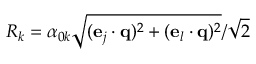
R _ { k } = \alpha _ { 0 k } \sqrt { ( \mathbf { e } _ { j } \cdot \mathbf { q } ) ^ { 2 } + ( \mathbf { e } _ { l } \cdot \mathbf { q } ) ^ { 2 } } / \sqrt { 2 }